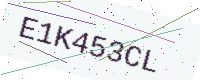
Text: E1K453CL